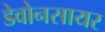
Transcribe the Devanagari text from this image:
डेवोनसायर